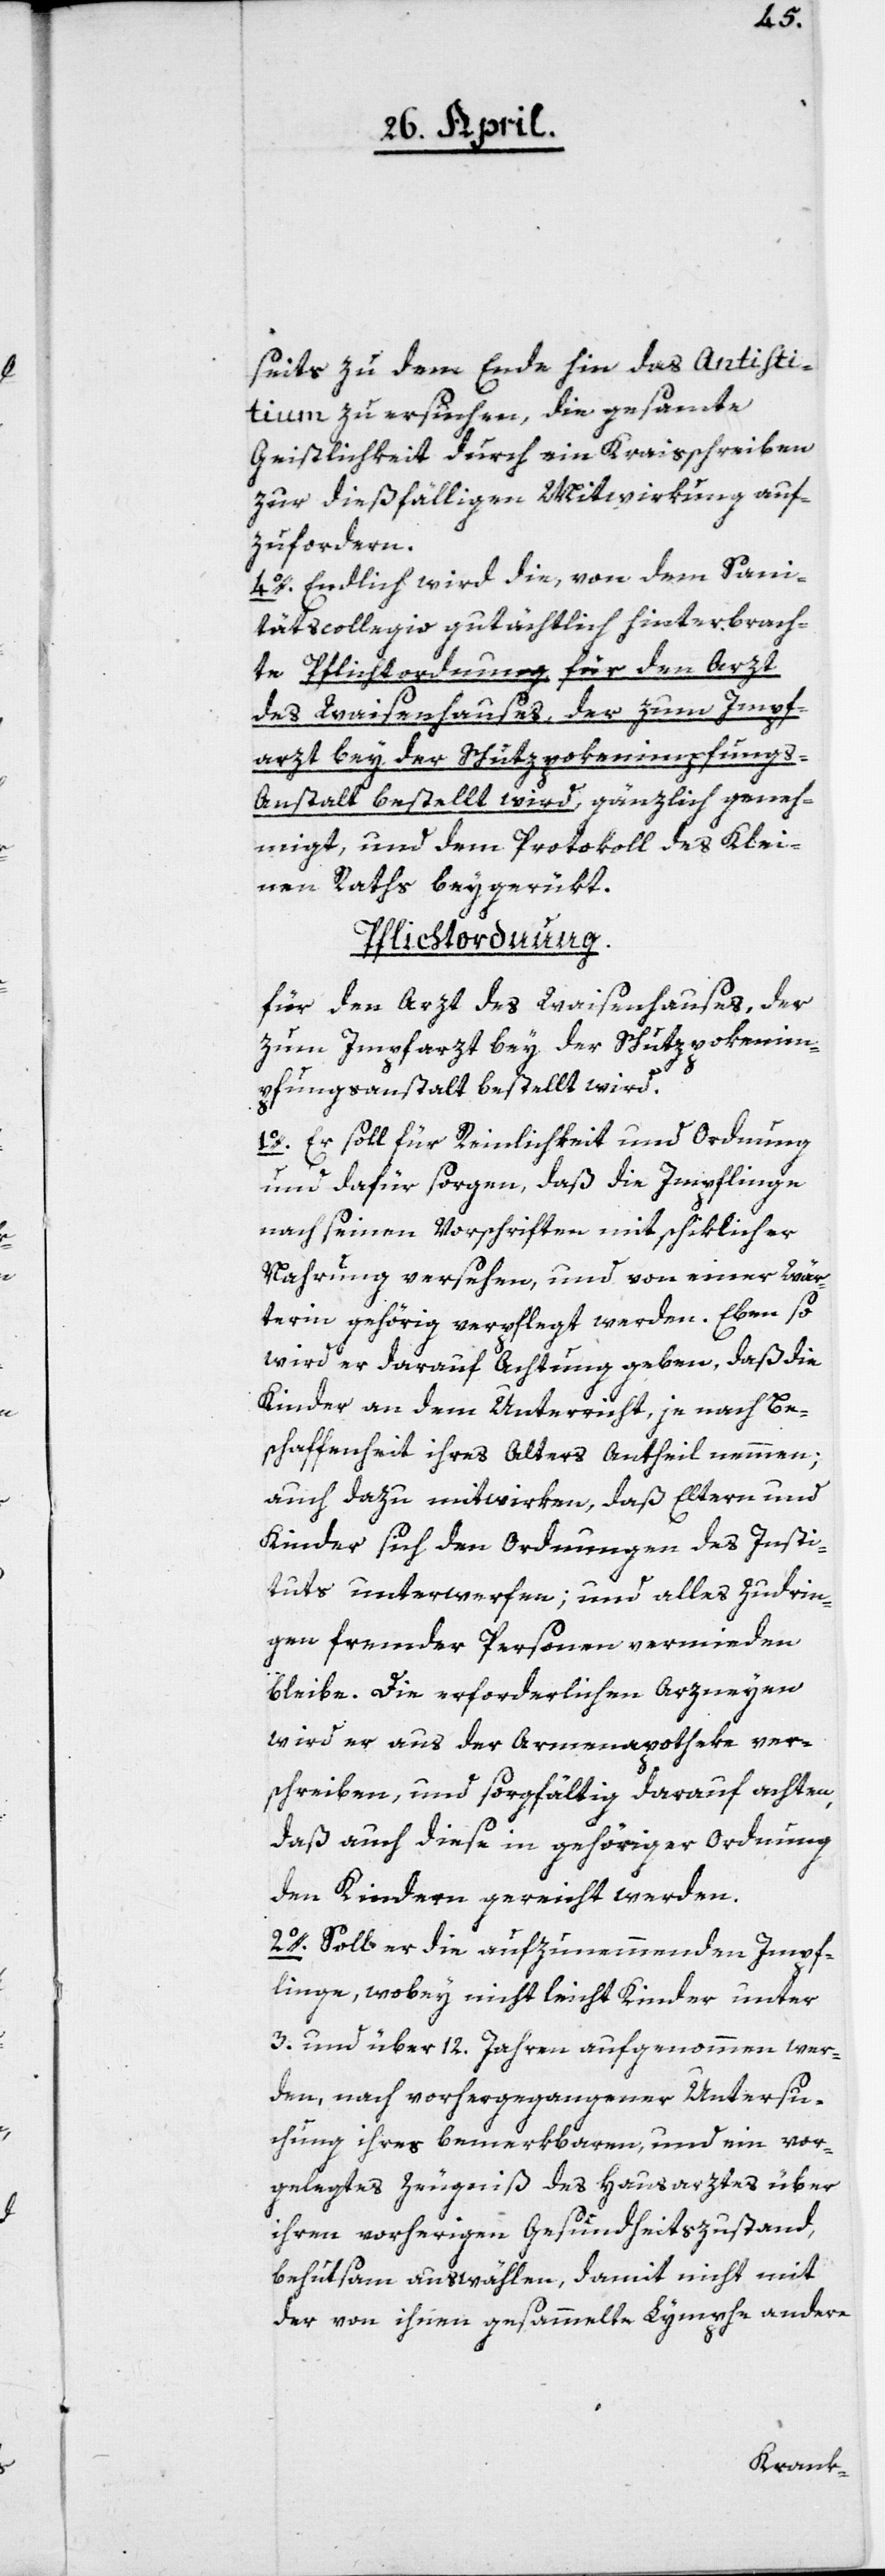
seits zu dem Ende hin das Antisti¬
tium zu ersuchen, die gesamte
Geistlichkeit durch ein Kreisschreiben
zur dießfälligen Mitwirkung auf¬
zufordern.
4o. Endlich wird die, von dem Sani¬
tätscollegio gutächtlich hinterbrach¬
te Pflichtordnung für den Arzt
des Waisenhauses, der zum Impf¬
arzt bey der Schutzpokenimpfung¬
s-Anstalt bestellt wird, gänzlich geneh¬
migt, und dem Protokoll des Klei¬
nen Raths beigerükt.
Pflichtordnung.
Für den Arzt des Waisenhauses, der
zum Impfarzt bey der Schutzpokenim¬
pfungsanstalt bestellt wird.
1o. Er soll für Reinlichkeit und Ordnung
und dafür sorgen, daß die Impflinge
nach seinen Vorschriften mit schiklicher
Nahrung versehen, und von einer Wär¬
terin gehörig verpflegt werden. Ebenso
wird er darauf Achtung geben, daß die
Kinder an dem Unterricht, je nach Be¬
schaffenheit ihres Alters Antheil nehmen;
auch dazu mitwirken, daß Eltern und
Kinder sich den Ordnungen des Insti¬
tuts unterwerfen; und alles Zudrin¬
gen fremder Personen vermieden
bleibe. Die erforderlichen Arzneyen
wird er aus der Armenapotheke ver¬
schreiben, und sorgfältig darauf achten,
daß auch diese in gehöriger Ordnung
den Kindern gereicht werden.
2o. Soll er die aufzunehmenden Impf¬
linge, wobey nicht leicht Kinder unter
3. und über 12 Jahren aufgenommen wer¬
den, nach vorhergegangener Untersu¬
chung ihres bemerkbaren, und ein vor¬
gelegtes Zeugniß des Hausarztes über
ihren vorherigen Gesundheitszustand,
behutsam auswählen, damit nicht mit
der von ihnen gesammelte Lymphe andere